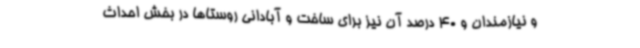
و نیازمندان و 40 درصد آن نیز برای ساخت و آبادانی روستاها در بخش احداث